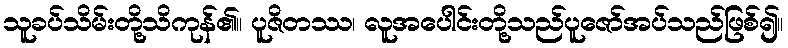
သူခပ်သိမ်းတို့သိကုန်၏။ ပူဇိတဿ၊ လူအပေါင်းတို့သည်ပူဇော်အပ်သည်ဖြစ်၍။